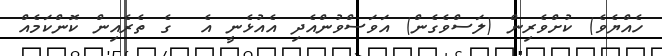
ހެއްޔެވެ) ކުށްވެރިން (ލަސްވެގެން) އަވަސްވުންއެދި އެއުޅެނީ އެ  ގެ ތެރެއިން ކޮންކަމެއް